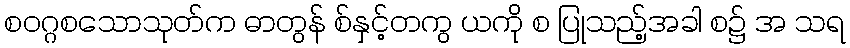
စဝဂ္ဂစသောသုတ်က ဓာတွန် စ်နှင့်တကွ ယကို စ ပြုသည့်အခါ စ၌ အ သရ